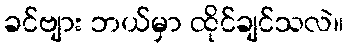
ခင်ဗျား ဘယ်မှာ ထိုင်ချင်သလဲ။